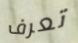
تعرف